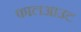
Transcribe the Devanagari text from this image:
फालआउट